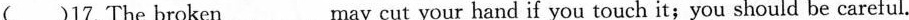
( )17.The broken___may cut your hand if you touch it;you should be careful.